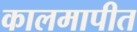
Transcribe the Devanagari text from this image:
कालमापीत